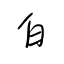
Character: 白